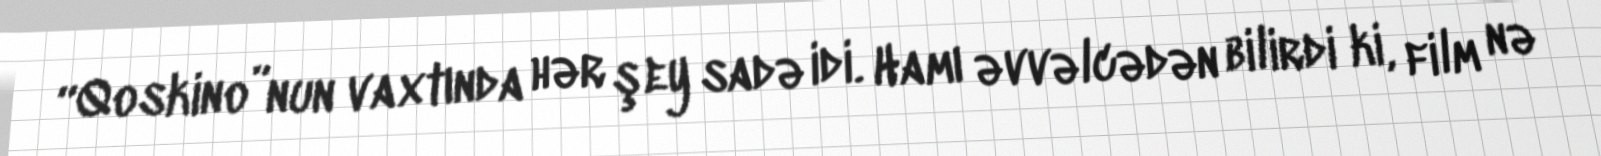
“Qoskino”nun vaxtında hər şey sadə idi. Hamı əvvəlcədən bilirdi ki, film nə